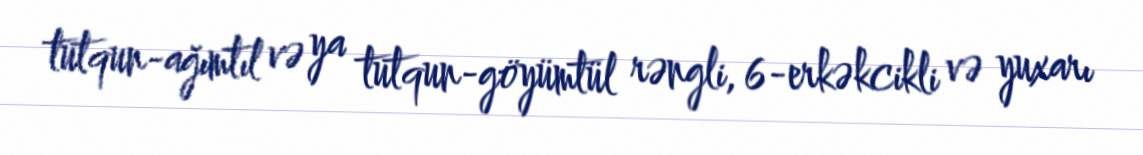
tutqun-ağımtıl və ya tutqun-göyümtül rəngli, 6-erkəkcikli və yuxarı